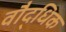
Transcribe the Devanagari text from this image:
वौद्धिक